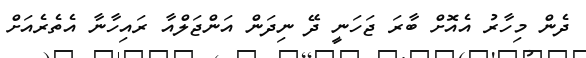
ދެން މިހާރު އެއޮށް ބާރަ ޖަހަނީ ދޭ ނިދަން އަންޖަލްއާ ރައިހާނާ އެތެރެއަށް